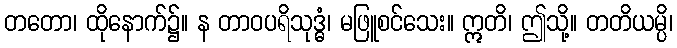
တတော၊ ထိုနောက်၌။ န တာဝပရိသုဒ္ဓံ၊ မဖြူစင်သေး။ ဣတိ၊ ဤသို့။ တတိယမ္ပိ၊